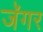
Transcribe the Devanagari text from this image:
जॅगर